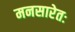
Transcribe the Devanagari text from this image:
मनसारेतः